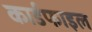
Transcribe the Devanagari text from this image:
कार्डफाइल